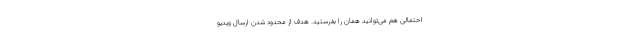
احتمالی هم می‌توانید همان را بفرستید. هدف از محدود شدن ارسال ویدیو